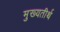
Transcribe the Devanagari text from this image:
मुख्यतीर्थ